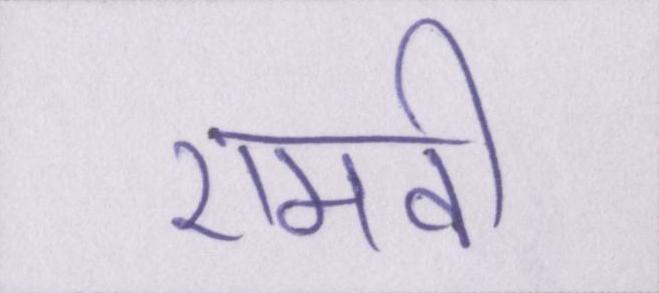
एमवी